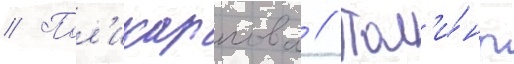
// Пол'икарпова // Пол'и́ны